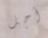
أجل